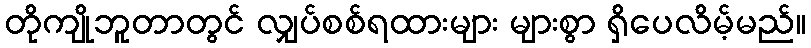
တိုကျိုဘူတာတွင် လျှပ်စစ်ရထားများ များစွာ ရှိပေလိမ့်မည်။